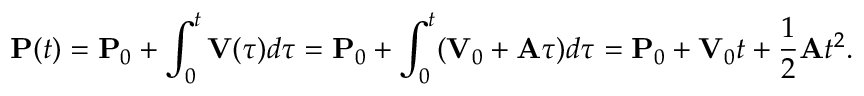
\mathbf { P } ( t ) = \mathbf { P } _ { 0 } + \int _ { 0 } ^ { t } \mathbf { V } ( \tau ) d \tau = \mathbf { P } _ { 0 } + \int _ { 0 } ^ { t } ( \mathbf { V } _ { 0 } + \mathbf { A } \tau ) d \tau = \mathbf { P } _ { 0 } + \mathbf { V } _ { 0 } t + { \frac { 1 } { 2 } } \mathbf { A } t ^ { 2 } .